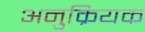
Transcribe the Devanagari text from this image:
अनुक्रियक